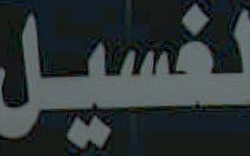
لغسيل